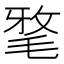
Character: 𣮖